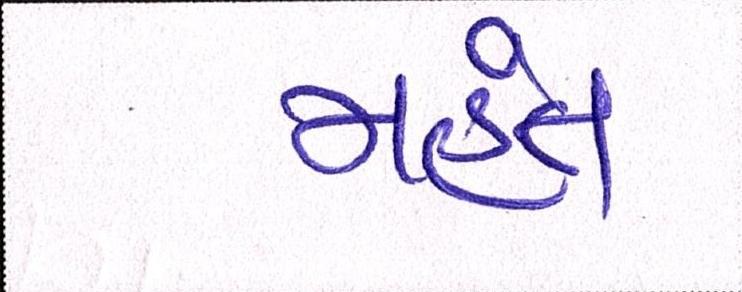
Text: મહંત